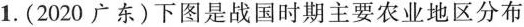
1.(2020广东)下图是战国时期主要农业地区分布